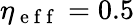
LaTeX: \eta_{\mathrm{~e~f~f~}}=0.5